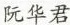
阮华君